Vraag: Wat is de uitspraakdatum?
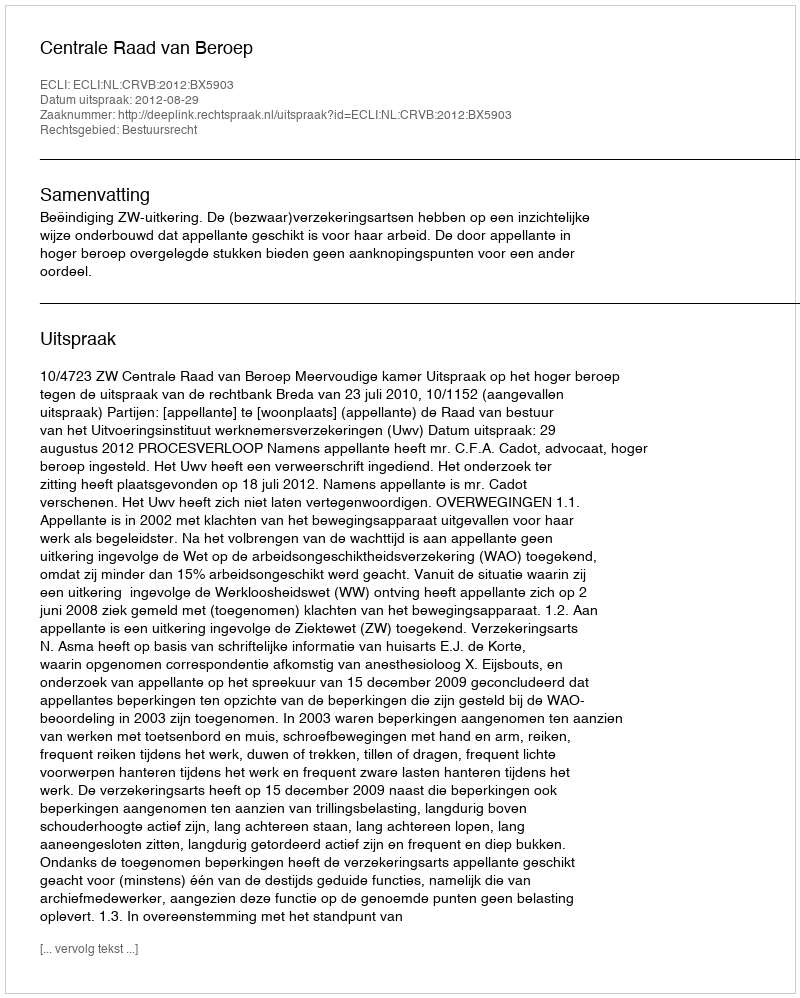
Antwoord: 2012-08-29